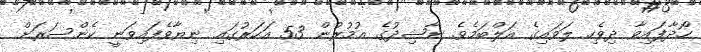
ހޯދާފައިވާ ދިވެހި ލަވައިގެ އަލްބަމެވެ. ނާޝިދުގެ އުމުރުން 53 އަހަރުގައި ނިޔާވެފައިވަނީ ކެންސަރަށް